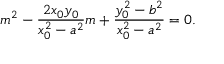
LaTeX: m ^ { 2 } - { \frac { 2 x _ { 0 } y _ { 0 } } { x _ { 0 } ^ { 2 } - a ^ { 2 } } } m + { \frac { y _ { 0 } ^ { 2 } - b ^ { 2 } } { x _ { 0 } ^ { 2 } - a ^ { 2 } } } = 0 .